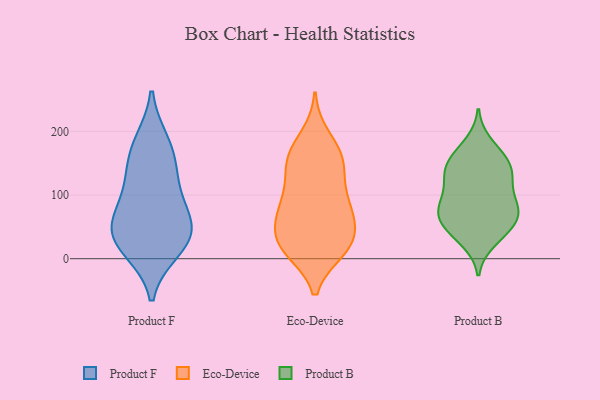
{"axis": {"x": "Latency (ms)", "y": "Value"}, "legend": ["Eco-Device", "Product B", "Product F"], "data": [{"x": "", "y": 132, "type": "Product F"}, {"x": "", "y": 25, "type": "Product F"}, {"x": "", "y": 182, "type": "Product F"}, {"x": "", "y": 53, "type": "Product F"}, {"x": "", "y": 168, "type": "Product F"}, {"x": "", "y": 73, "type": "Product F"}, {"x": "", "y": 15, "type": "Product F"}, {"x": "", "y": 111, "type": "Product F"}, {"x": "", "y": 52, "type": "Product F"}, {"x": "", "y": 33, "type": "Product F"}, {"x": "", "y": 83, "type": "Eco-Device"}, {"x": "", "y": 167, "type": "Eco-Device"}, {"x": "", "y": 146, "type": "Eco-Device"}, {"x": "", "y": 13, "type": "Eco-Device"}, {"x": "", "y": 24, "type": "Eco-Device"}, {"x": "", "y": 192, "type": "Eco-Device"}, {"x": "", "y": 99, "type": "Eco-Device"}, {"x": "", "y": 154, "type": "Eco-Device"}, {"x": "", "y": 77, "type": "Eco-Device"}, {"x": "", "y": 35, "type": "Eco-Device"}, {"x": "", "y": 15, "type": "Eco-Device"}, {"x": "", "y": 13, "type": "Eco-Device"}, {"x": "", "y": 166, "type": "Eco-Device"}, {"x": "", "y": 80, "type": "Eco-Device"}, {"x": "", "y": 146, "type": "Eco-Device"}, {"x": "", "y": 42, "type": "Eco-Device"}, {"x": "", "y": 70, "type": "Eco-Device"}, {"x": "", "y": 20, "type": "Eco-Device"}, {"x": "", "y": 120, "type": "Eco-Device"}, {"x": "", "y": 58, "type": "Eco-Device"}, {"x": "", "y": 84, "type": "Product B"}, {"x": "", "y": 67, "type": "Product B"}, {"x": "", "y": 84, "type": "Product B"}, {"x": "", "y": 124, "type": "Product B"}, {"x": "", "y": 133, "type": "Product B"}, {"x": "", "y": 48, "type": "Product B"}, {"x": "", "y": 137, "type": "Product B"}, {"x": "", "y": 128, "type": "Product B"}, {"x": "", "y": 151, "type": "Product B"}, {"x": "", "y": 38, "type": "Product B"}, {"x": "", "y": 102, "type": "Product B"}, {"x": "", "y": 28, "type": "Product B"}, {"x": "", "y": 163, "type": "Product B"}, {"x": "", "y": 154, "type": "Product B"}, {"x": "", "y": 50, "type": "Product B"}, {"x": "", "y": 71, "type": "Product B"}, {"x": "", "y": 181, "type": "Product B"}, {"x": "", "y": 70, "type": "Product B"}, {"x": "", "y": 81, "type": "Product B"}]}